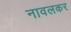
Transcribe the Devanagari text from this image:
नावलकर